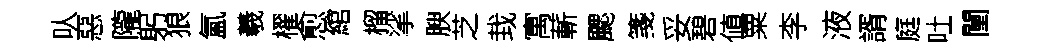
㕥惡隴躬狼氳羲櫂愈綰榴挲腴芝㘽寓蔪颸箋妥碧値粟李液諝庭吐闉